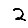
Digit: 2